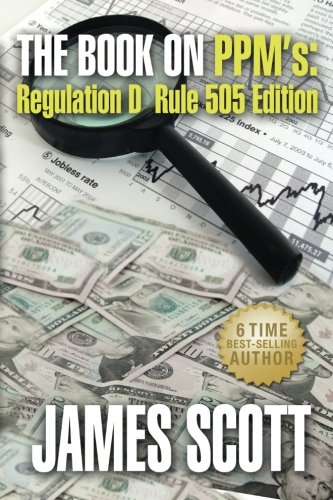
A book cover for The Book on PPMs: Regulation D Rule 505 Edition (New Renaissance Series on Corporate Strategies) (Volume 4); James Scott; Law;